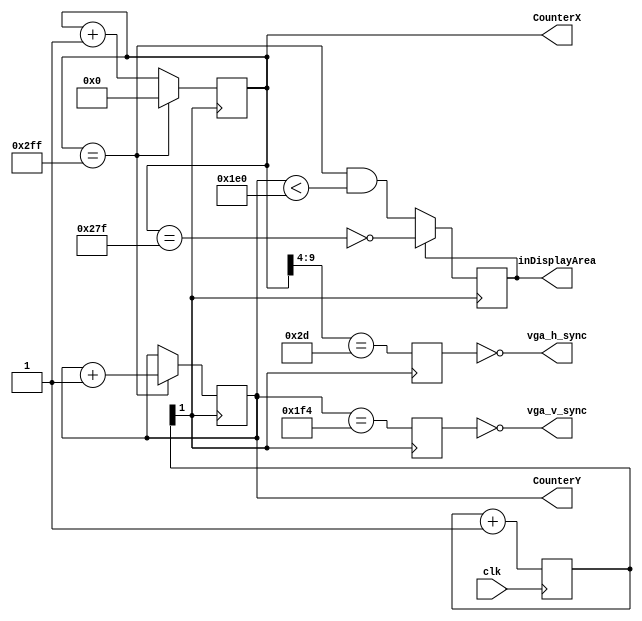
`timescale 1ns / 1ps
//////////////////////////////////////////////////////////////////////////////////
// Company: 
// Engineer: 
// 
// Design Name: 
// Module Name: hvsync_generator
// Project Name: 
// Target Devices: 
// Tool Versions: 
// Description: 
// 
// Dependencies: 
module hvsync_generator(clk, vga_h_sync, vga_v_sync, inDisplayArea, CounterX, CounterY);
input clk;
output vga_h_sync;
output vga_v_sync;
output inDisplayArea;
output [9:0] CounterX;
output [8:0] CounterY;

//////////////////////////////////////////////////
reg [9:0] CounterX;
reg [8:0] CounterY;
wire CounterXmaxed = (CounterX==10'h2FF);

reg[1:0] pxclk;
always @ (posedge clk) pxclk = pxclk + 1;
wire pclk;
assign pclk = pxclk[1]; // 25MHz Pixel Clock */ //change all important parameters to run at pclk


always @(posedge pclk) //change the clock
if(CounterXmaxed)
	CounterX <= 0;
else
	CounterX <= CounterX + 1;

always @(posedge pclk) //change the clk
if(CounterXmaxed) CounterY <= CounterY + 1;

reg	vga_HS, vga_VS;
always @(posedge pclk)   //change the clk
begin
	vga_HS <= (CounterX[9:4]==6'h2D); // change this value to move the display horizontally
	vga_VS <= (CounterY==500); // change this value to move the display vertically
end

reg inDisplayArea;
always @(posedge pclk)//change the clk
if(inDisplayArea==0)
	inDisplayArea <= (CounterXmaxed) && (CounterY<480);
else
	inDisplayArea <= !(CounterX==639);
	
assign vga_h_sync = ~vga_HS;
assign vga_v_sync = ~vga_VS;

endmodule